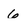
Character: 6